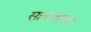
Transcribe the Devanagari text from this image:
साधनास्थाने